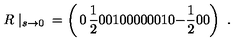
R \mid _ { s \rightarrow 0 } \mathrm { } = \left( \begin{matrix} { 0 } & { \frac { 1 } { 2 } } & { 0 } & { 0 } \\ { 1 } & { 0 } & { 0 } & { 0 } \\ { 0 } & { 0 } & { 0 } & { 1 } \\ { 0 } & { - \frac { 1 } { 2 } } & { 0 } & { 0 } \\ \end{matrix} \right) \ .